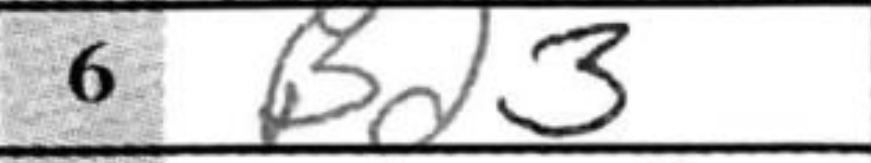
Transcription: Bd3